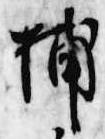
捕